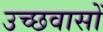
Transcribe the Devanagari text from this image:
उच्छवासों